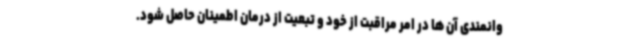
وانمندی آن ها در امر مراقبت از خود و تبعیت از درمان اطمینان حاصل شود.